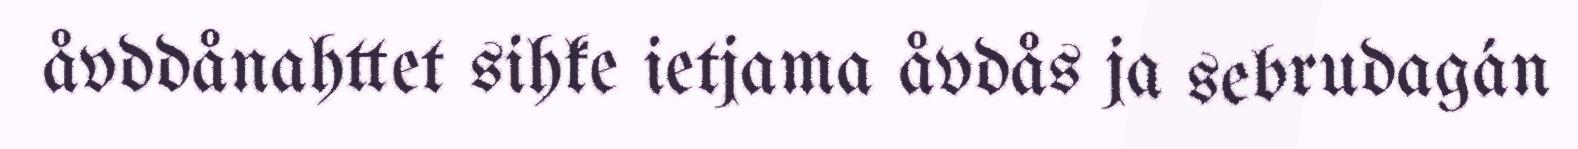
åvddånahttet sihke ietjama åvdås ja sebrudagán